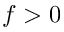
f > 0